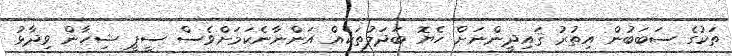
ތަކުގެ ސަބަބުން އިތުރު ޤައިދީންނަށް ހެޔޮ ބަދަލުތަކެއް އަންނާނެކަމަށްވެސް ސީޕީ ޝިހާން ވިދާޅު